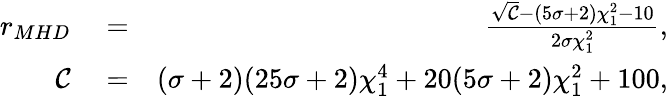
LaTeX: \begin{array}{rlr}{r_{MHD}}&{{}=}&{\frac{\sqrt{\mathcal{C}}-(5\sigma+2)\chi_{1}^{2}-10}{2\sigma\chi_{1}^{2}},}\\ {\mathcal{C}}&{{}=}&{(\sigma+2)(25\sigma+2)\chi_{1}^{4}+20(5\sigma+2)\chi_{1}^{2}+100,}\end{array}